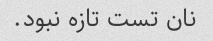
نان تست تازه نبود.